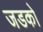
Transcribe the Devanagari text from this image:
जडको